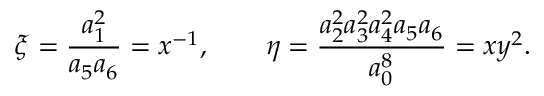
\xi = \frac { a _ { 1 } ^ { 2 } } { a _ { 5 } a _ { 6 } } = x ^ { - 1 } , \qquad \eta = \frac { a _ { 2 } ^ { 2 } a _ { 3 } ^ { 2 } a _ { 4 } ^ { 2 } a _ { 5 } a _ { 6 } } { a _ { 0 } ^ { 8 } } = x y ^ { 2 } .